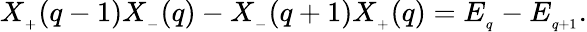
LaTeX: X_{_{+}}(q-1)X_{_{-}}(q)-X_{_{-}}(q+1)X_{_{+}}(q)=E_{_q}-E_{_{q+1}}.